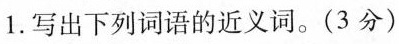
1.写出下列词语的近义词。(3分)